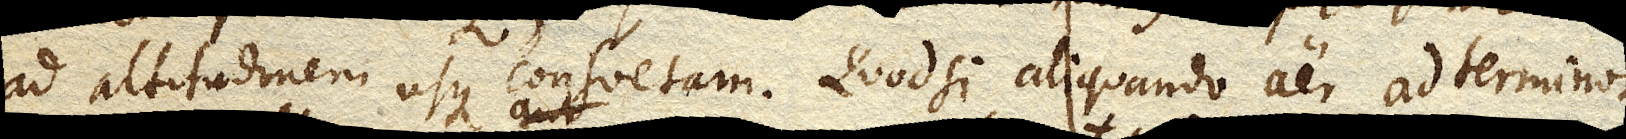
ad altitudinem usque consuetam. Quodsi aliquando aer ad terminos